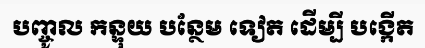
បញ្ចូល កន្ទុយ បន្ថែម ទៀត ដើម្បី បង្កើត